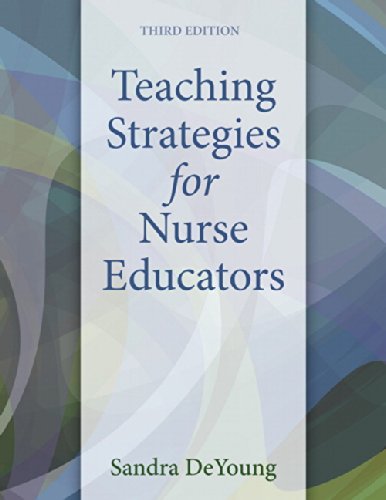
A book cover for Teaching Strategies for Nurse Educators (3rd Edition); Sandra DeYoung; Medical Books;